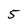
Character: 5